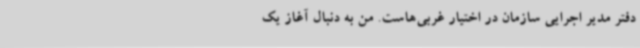
دفتر مدیر اجرایی سازمان در اختیار غربی‌هاست. من به دنبال آغاز یک